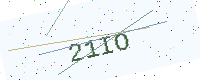
Text: 21IO